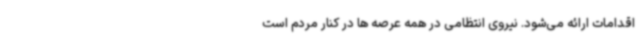
اقدامات ارائه می‌شود. نیروی انتظامی در همه عرصه ها در کنار مردم است